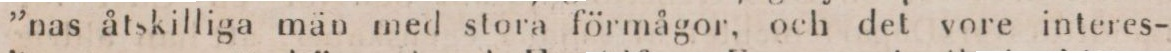
”nas åtskilliga män med stora förmågor, och det vore interes-